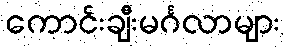
ကောင်းချီးမင်္ဂလာများ